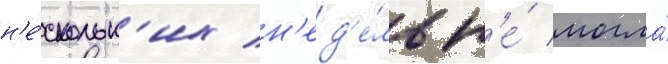
н'е́скольк'их н'ед'е́ль н'е́ могла́